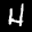
Label: 4